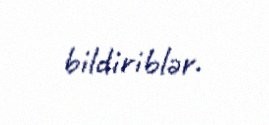
bildiriblər.